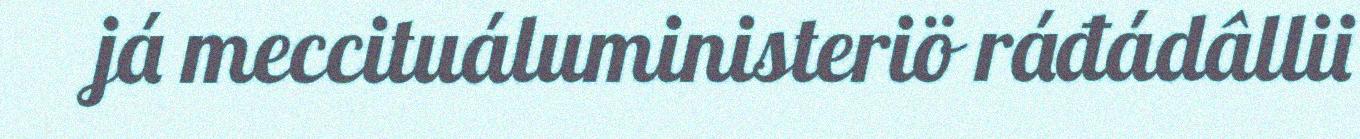
já meccituáluministeriö ráđádâllii